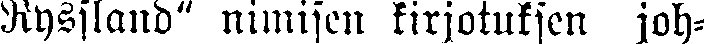
Ryssland" nimisen kirjotuksen joh-